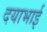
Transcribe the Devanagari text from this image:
दयाभाई